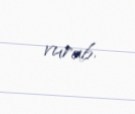
vurub.